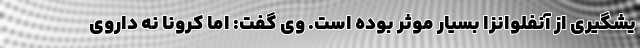
یشگیری از آنفلوانزا بسیار موثر بوده است. وی گفت: اما کرونا نه داروی